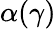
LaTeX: \alpha(\gamma)